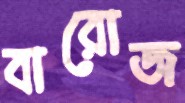
বারোজ